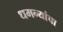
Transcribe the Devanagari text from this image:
धमन्यांचा